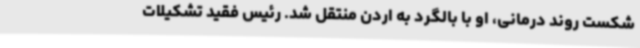
شکست روند درمانی، او با بالگرد به اردن منتقل شد. رئیس فقید تشکیلات